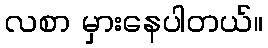
လစာ မှားနေပါတယ်။